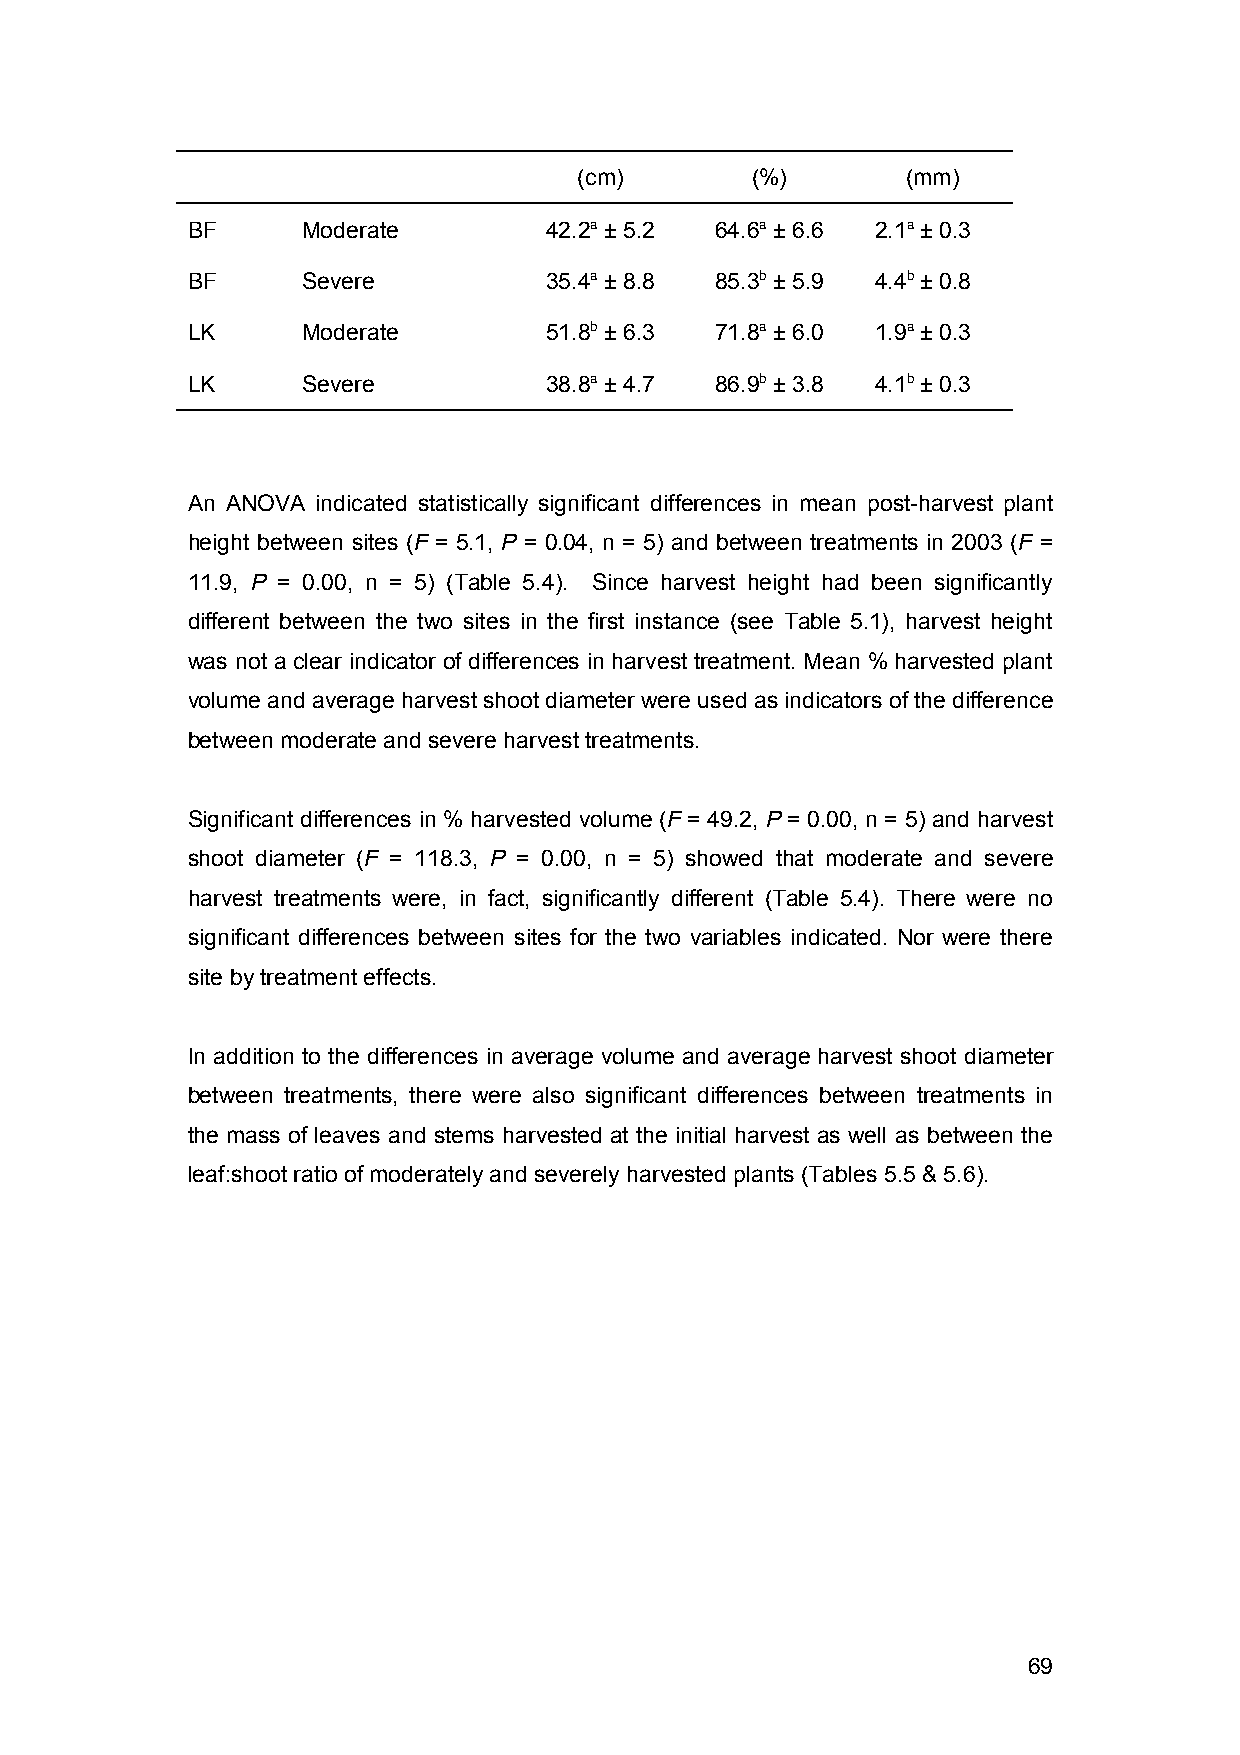
(cm)        (%)       (mm)
 BF      Moderate        42.2a ± 5.2 64.6a ± 6.6 2.1a ± 0.3
 BF      Severe          35.4a ± 8.8 85.3b ± 5.9 4.4b ± 0.8
 LK      Moderate        51.8b ± 6.3 71.8a ± 6.0 1.9a ± 0.3
 LK      Severe          38.8a ± 4.7 86.9b ± 3.8 4.1b ± 0.3
 An ANOVA indicated statistically significant differences in mean post-harvest plant
 height between sites (F = 5.1, P = 0.04, n = 5) and between treatments in 2003 (F =
 11.9, P = 0.00, n = 5) (Table 5.4). Since harvest height had been significantly
 different between the two sites in the first instance (see Table 5.1), harvest height
 was not a clear indicator of differences in harvest treatment. Mean % harvested plant
 volume and average harvest shoot diameter were used as indicators of the difference
 between moderate and severe harvest treatments.
 Significant differences in % harvested volume (F = 49.2, P = 0.00, n = 5) and harvest
 shoot diameter (F = 118.3, P = 0.00, n = 5) showed that moderate and severe
 harvest treatments were, in fact, significantly different (Table 5.4). There were no
 significant differences between sites for the two variables indicated. Nor were there
 site by treatment effects.
 In addition to the differences in average volume and average harvest shoot diameter
 between treatments, there were also significant differences between treatments in
 the mass of leaves and stems harvested at the initial harvest as well as between the
 leaf:shoot ratio of moderately and severely harvested plants (Tables 5.5 & 5.6).
 69